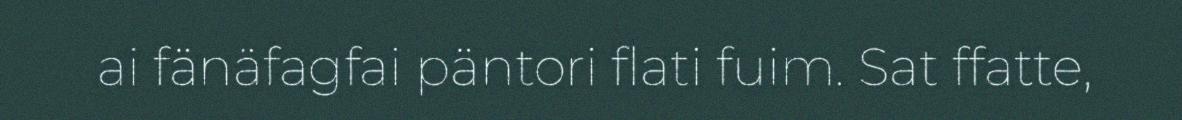
ai fänäfagfai päntori flati fuim. Sat ffatte,